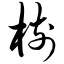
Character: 树